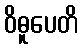
ဝိဓူပေတိ